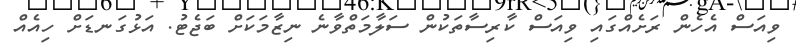
ވިއަސް އެހެން ރަށެއްގައި ވިއަސް ކާރިސާތަކުން ސަލާމަތްވާނެ ނިޒާމަކަށް ބަޖެޓު. އަޅުގަނޑަށް ހިއެއް